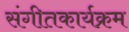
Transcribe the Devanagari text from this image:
संगीतकार्यक्रम